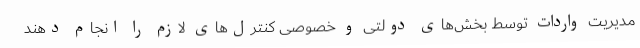
مدیریت واردات توسط بخش‌های دولتی و خصوصی کنترل‌های لازم را انجام دهند